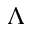
\Lambda